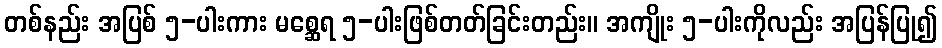
တစ်နည်း အပြစ် ၅-ပါးကား မစ္ဆေရ ၅-ပါးဖြစ်တတ်ခြင်းတည်း။ အကျိုး ၅-ပါးကိုလည်း အပြန်ပြု၍